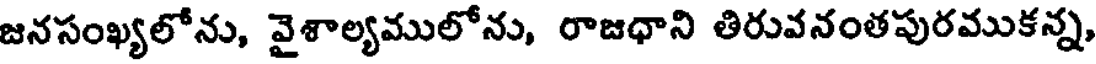
జనసంఖ్యలోను, వైశాల్యములోను, రాజధాని తిరువనంతపురముకన్న,